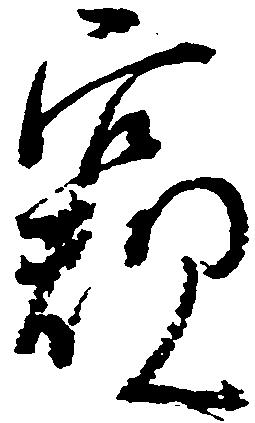
窺